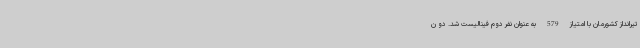
تیرانداز کشورمان با امتیاز 579 به عنوان نفر دوم فینالیست شد. دو ن